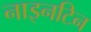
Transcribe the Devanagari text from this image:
नाइनटिन